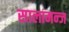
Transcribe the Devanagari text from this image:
सालामन्ज